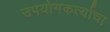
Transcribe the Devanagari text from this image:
उपयोगकर्त्याचा